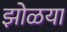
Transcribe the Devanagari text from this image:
झोळया